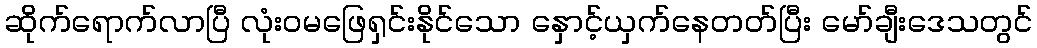
ဆိုက်ရောက်လာပြီ လုံးဝမဖြေရှင်းနိုင်သော နှောင့်ယှက်နေတတ်ပြီး မော်ချီးဒေသတွင်